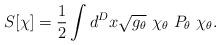
LaTeX: \begin{align*}S[\chi]={1\over 2}\int d^{D}x\sqrt{g_\theta}\ \chi_\theta\ P_\theta\ \chi_\theta .\end{align*}